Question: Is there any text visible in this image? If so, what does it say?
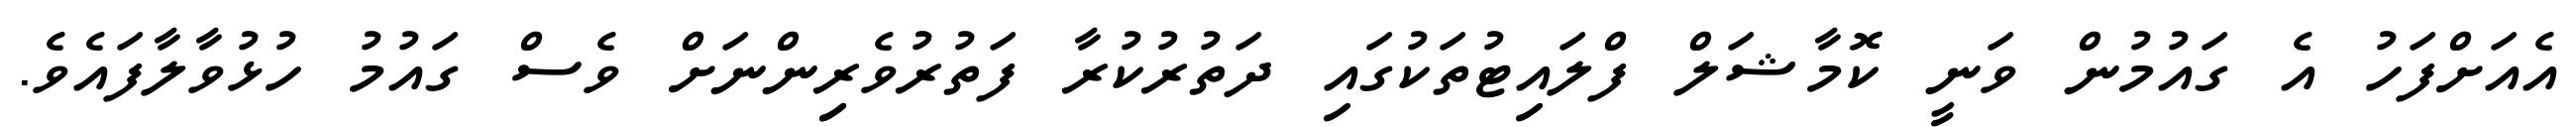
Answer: އެއަށްފަހު އެ ގައުމުން ވަނީ ކޮމާޝަލް ފްލައިޓުތަކުގައި ދަތުރުކުރާ ފަތުރުވެރިިންނަށް ވެސް ގައުމު ހުޅުވާލާފައެވެ.